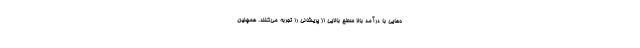
ه‌هایی با درآمد بالا سطح بالایی از پریشانی را تجربه می‌کنند. همچنین